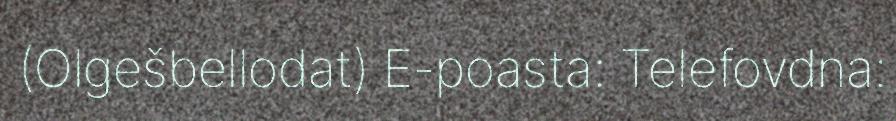
(Olgešbellodat) E-poasta: Telefovdna: